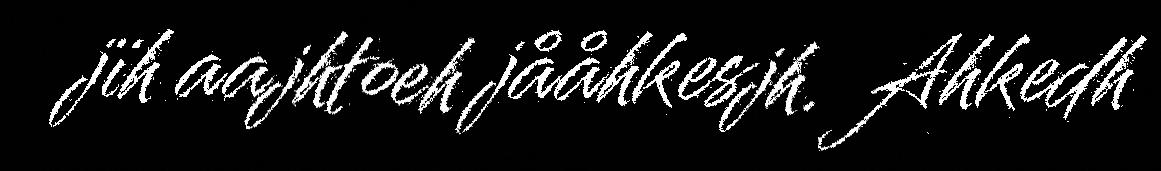
jïh aajhtoeh jååhkesjh. Ahkedh